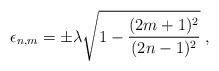
LaTeX: \begin{align*}\epsilon_{n,m}=\pm \lambda \sqrt{1-\frac{(2m+1)^2}{(2n-1)^2}}\;,\end{align*}